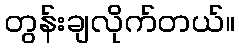
တွန်းချလိုက်တယ်။